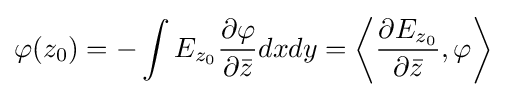
\varphi (z_{0})=-\int E_{z_{0}}{\frac {\partial \varphi }{\partial {\bar {z}}}}dxdy=\left\langle {\frac {\partial E_{z_{0}}}{\partial {\bar {z}}}},\varphi \right\rangle